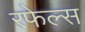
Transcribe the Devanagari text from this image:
रफेल्स